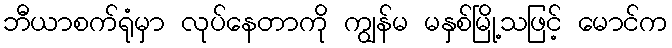
ဘီယာစက်ရုံမှာ လုပ်နေတာကို ကျွန်မ မနှစ်မြို့သဖြင့် မောင်က